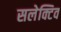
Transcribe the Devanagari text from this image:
सलेक्टिव